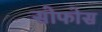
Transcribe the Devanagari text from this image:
सोफोस